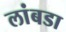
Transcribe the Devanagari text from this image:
लांबडा